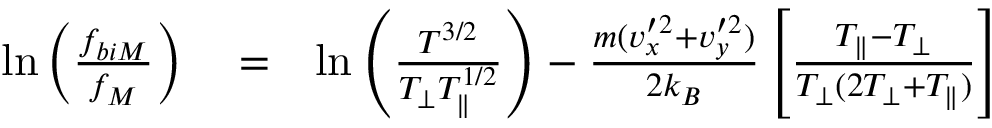
\begin{array} { r l r } { \ln \left( \frac { f _ { b i M } } { f _ { M } } \right) } & { { } = } & { \ln \left( \frac { { \cal T } ^ { 3 / 2 } } { T _ { \perp } T _ { \parallel } ^ { 1 / 2 } } \right) - \frac { m ( v _ { x } ^ { \prime 2 } + v _ { y } ^ { \prime 2 } ) } { 2 k _ { B } } \left[ \frac { T _ { \parallel } - T _ { \perp } } { T _ { \perp } ( 2 T _ { \perp } + T _ { \parallel } ) } \right] } \end{array}